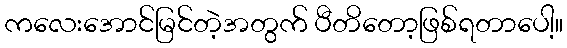
ကလေးအောင်မြင်တဲ့အတွက် ပီတိတော့ဖြစ်ရတာပေါ့။